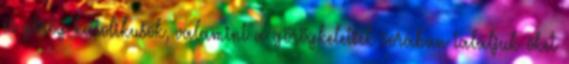
és görög katolikusok, valamint a görögkeletiek sorában találjuk őket